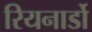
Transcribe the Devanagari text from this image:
रियनार्डो